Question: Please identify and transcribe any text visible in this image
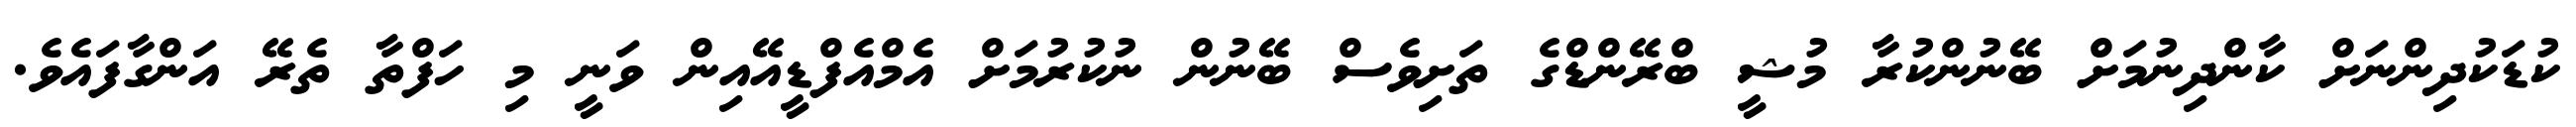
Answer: ކުޑަކުދިންނަށް ކާންދިނުމަށް ބޭނުންކުރާ މުޝީ ބްރޭންޑްގެ ތަށިވެސް ބޭނުން ނުކުރުމަށް އެމްއެފްޑީއޭއިން ވަނީ މި ހަފްތާ ތެރޭ އަންގާފައެވެ.